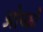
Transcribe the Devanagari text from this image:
ओच्को